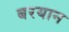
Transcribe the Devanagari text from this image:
बरयान